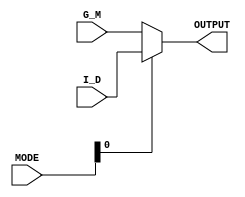
module mux2(
  // Input signals
  I_D, G_M, MODE,
  // Output signals
  OUTPUT
);

input [5:0] I_D, G_M;  
input [1:0] MODE;
output reg [5:0] OUTPUT;

always @(*) begin
  if(MODE[0]) begin
    OUTPUT = I_D; 
  end

  else begin
    OUTPUT = G_M; 
  end

end

endmodule